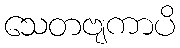
သေတဗျကာပိ